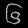
Digit: ၆